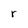
Character: r